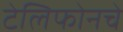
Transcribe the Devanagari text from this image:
टेलिफोनचे